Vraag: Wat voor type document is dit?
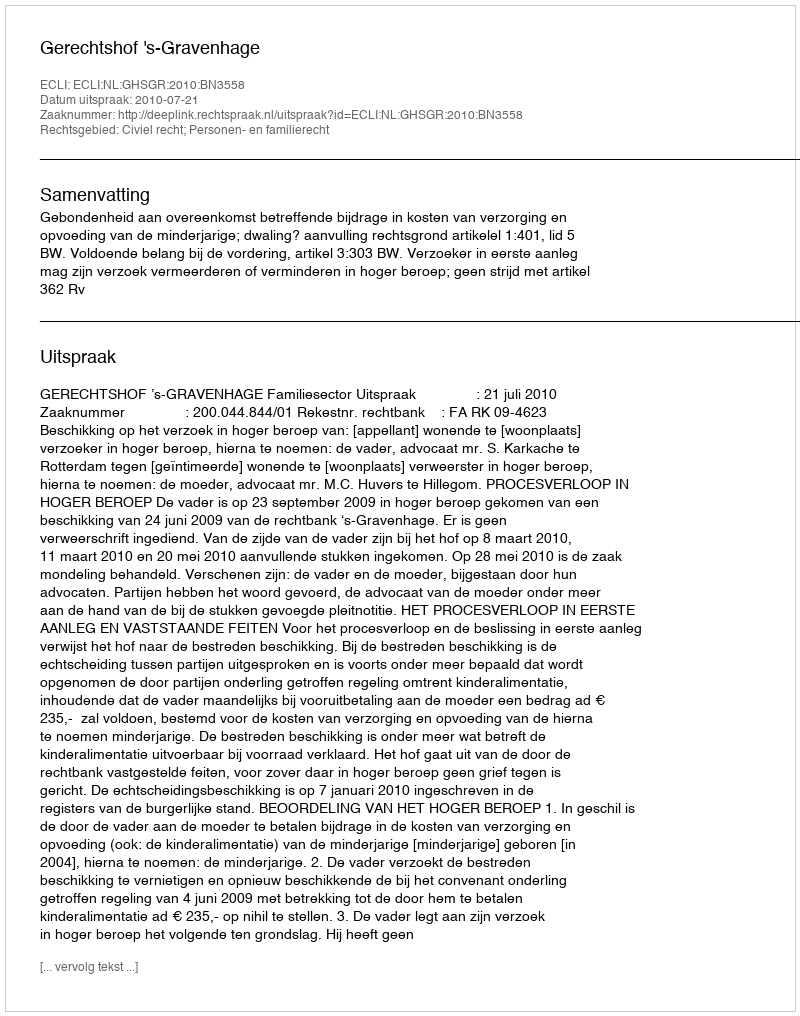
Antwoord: Uitspraak